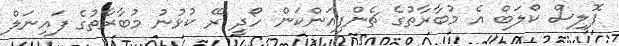
ޕޮލިސް ކްލަބް އެ މުބާރާތުގެ ޗެންޕިއަންކަން ހޯދީ ރޭ ކުޅުނު މުބާރާތުގެ ފައިނަލް